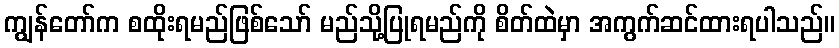
ကျွန်တော်က စထိုးရမည်ဖြစ်သော် မည်သို့ပြုရမည်ကို စိတ်ထဲမှာ အကွက်ဆင်ထားရပါသည်။